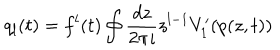
q _ { l } ( t ) = f ^ { l } ( t ) \oint \frac { d z } { 2 \pi \imath } z ^ { l - 1 } V _ { 1 } ^ { \prime } ( p ( z , t ) )